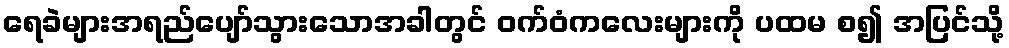
ရေခဲများအရည်ပျော်သွားသောအခါတွင် ဝက်ဝံကလေးများကို ပထမ စ၍ အပြင်သို့